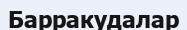
Барракудалар